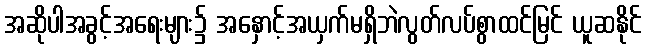
အဆိုပါအခွင့်အရေးများ၌ အနှောင့်အယှက်မရှိဘဲလွတ်လပ်စွာထင်မြင် ယူဆနိုင်